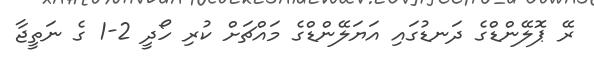
ރޭ ޕޮލޭންޑްގެ ދަނޑުގައި އަޔަލޭންޑްގެ މައްޗަށް ކުރި ހޯދީ 2-1 ގެ ނަތީޖާ